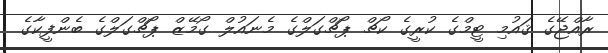
ރާއްޖޭގެ ޤައުމި ޓީމްގެ ކުރީގެ ކޯޗް ޕޯޗްގަލްގެ މެނައުލް ގޯމޭޒް ޕޯޗްގަލްގެ ބެންފީކާގެ